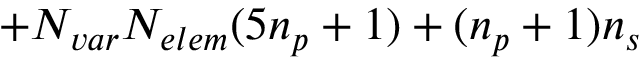
+ \ensuremath { N _ { v a r } } \ensuremath { N _ { e l e m } } ( 5 \ensuremath { n _ { p } } + 1 ) + ( \ensuremath { n _ { p } } + 1 ) \ensuremath { n _ { s } }